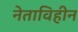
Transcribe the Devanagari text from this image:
नेताविहीन